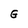
Character: G